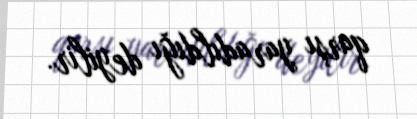
qarşı yaradıldığı deyilir.